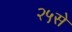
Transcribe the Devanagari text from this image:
२५से